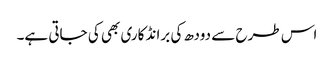
اس طرح سے دودھ کی برانڈ کاری بھی کی جاتی ہے۔